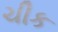
ચીક